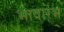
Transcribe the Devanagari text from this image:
भावारंभ